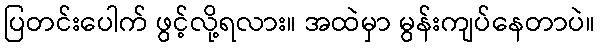
ပြတင်းပေါက် ဖွင့်လို့ရလား။ အထဲမှာ မွန်းကျပ်နေတာပဲ။